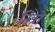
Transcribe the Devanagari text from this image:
नित्रो